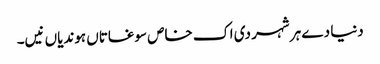
دنیا دے ہر شہر دی اک خاص سوغاتاں ہوندیاں نیں۔